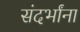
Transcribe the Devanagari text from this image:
संदर्भांना